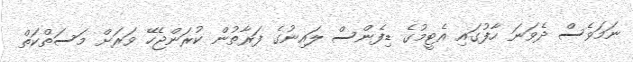
ނަމަވެސް ދެވަނަ ހާފުގައި އެޓީމުގެ ޑިފެންސް ލައިނުގެ ފަރާތުން ކުރަންޖެހޭ ވަރަށް މަސަތްކަތް